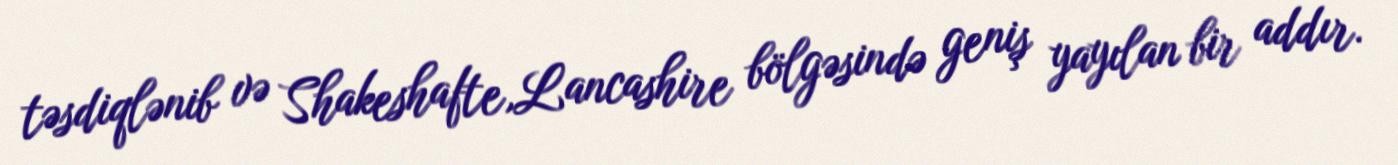
təsdiqlənib və Shakeshafte,Lancashire bölgəsində geniş yayılan bir addır.